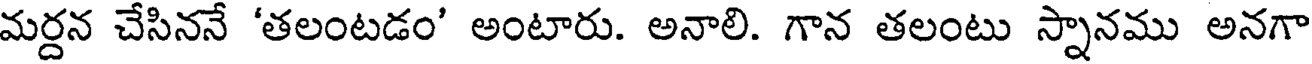
మర్దన చేసిననే 'తలంటడం' అంటారు. అనాలి. గాన తలంటు స్నానము అనగా